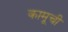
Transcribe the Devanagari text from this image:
कामूची